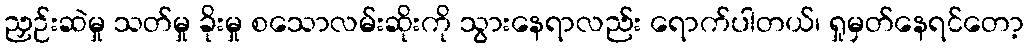
ညှဉ်းဆဲမှု သတ်မှု ခိုးမှု စသောလမ်းဆိုးကို သွားနေရာလည်း ရောက်ပါတယ်၊ ရှုမှတ်နေရင်တော့